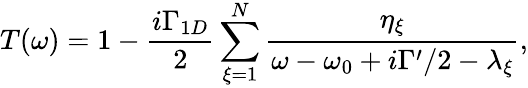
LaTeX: T(\omega)=1-\frac{i\Gamma_{1D}}{2}\sum_{\xi=1}^{N}\frac{\eta_{\xi}}{\omega-\omega_{0}+i\Gamma^{\prime}/2-\lambda_{\xi}},